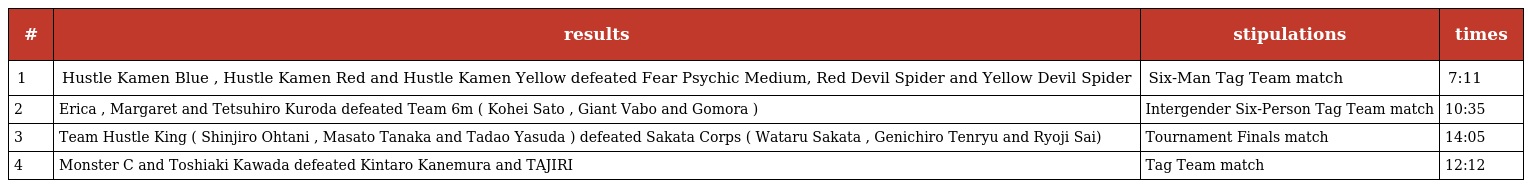
| # | results | stipulations | times |
 | --- | --- | --- | --- |
 | 1 | Hustle Kamen Blue , Hustle Kamen Red and Hustle Kamen Yellow defeated Fear Psychic Medium, Red Devil Spider and Yellow Devil Spider | Six-Man Tag Team match | 7:11 |
 | 2 | Erica , Margaret and Tetsuhiro Kuroda defeated Team 6m ( Kohei Sato , Giant Vabo and Gomora ) | Intergender Six-Person Tag Team match | 10:35 |
 | 3 | Team Hustle King ( Shinjiro Ohtani , Masato Tanaka and Tadao Yasuda ) defeated Sakata Corps ( Wataru Sakata , Genichiro Tenryu and Ryoji Sai) | Tournament Finals match | 14:05 |
 | 4 | Monster C and Toshiaki Kawada defeated Kintaro Kanemura and TAJIRI | Tag Team match | 12:12 |